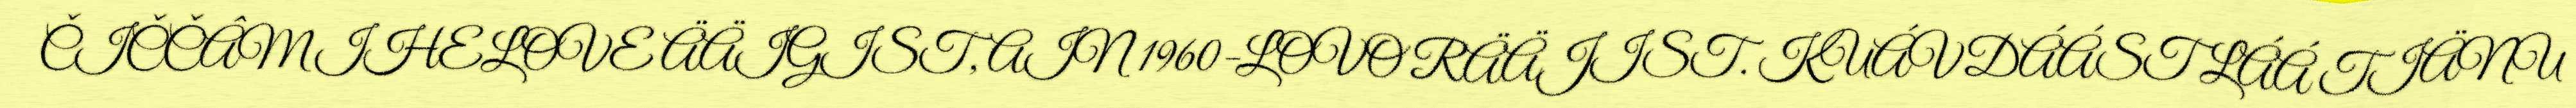
ČIČČÂM IHELOVE ÄÄIGIST, AIN 1960-LOVO RÄÄJIST. KUÁVDÁÁST LÁÁ TIÄNU